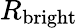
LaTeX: R_{\mathrm{bright}}